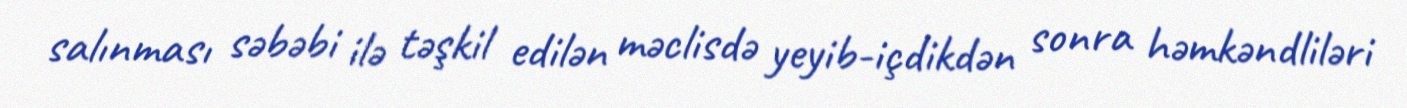
salınması səbəbi ilə təşkil edilən məclisdə yeyib-içdikdən sonra həmkəndliləri